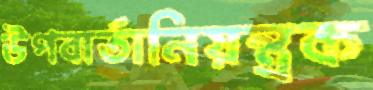
উপবার্তানিয়ন্ত্রক